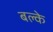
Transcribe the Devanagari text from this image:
बल्के